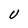
Character: U